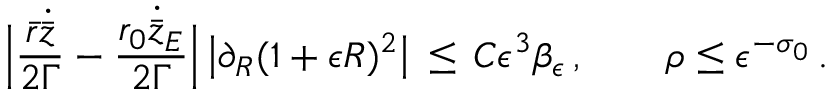
\Bigl | \frac { { \bar { r } } \dot { \bar { z } } } { 2 \Gamma } - \frac { r _ { 0 } \dot { \bar { z } } _ { E } } { 2 \Gamma } \Bigr | \, \bigl | \partial _ { R } ( 1 + \epsilon R ) ^ { 2 } \bigr | \, \le \, C \epsilon ^ { 3 } \beta _ { \epsilon } \, , \qquad \rho \le \epsilon ^ { - \sigma _ { 0 } } \, .